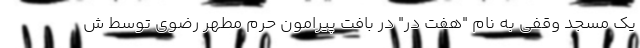
یک مسجد وقفی به نام "هفت در" در بافت پیرامون حرم مطهر رضوی توسط ش